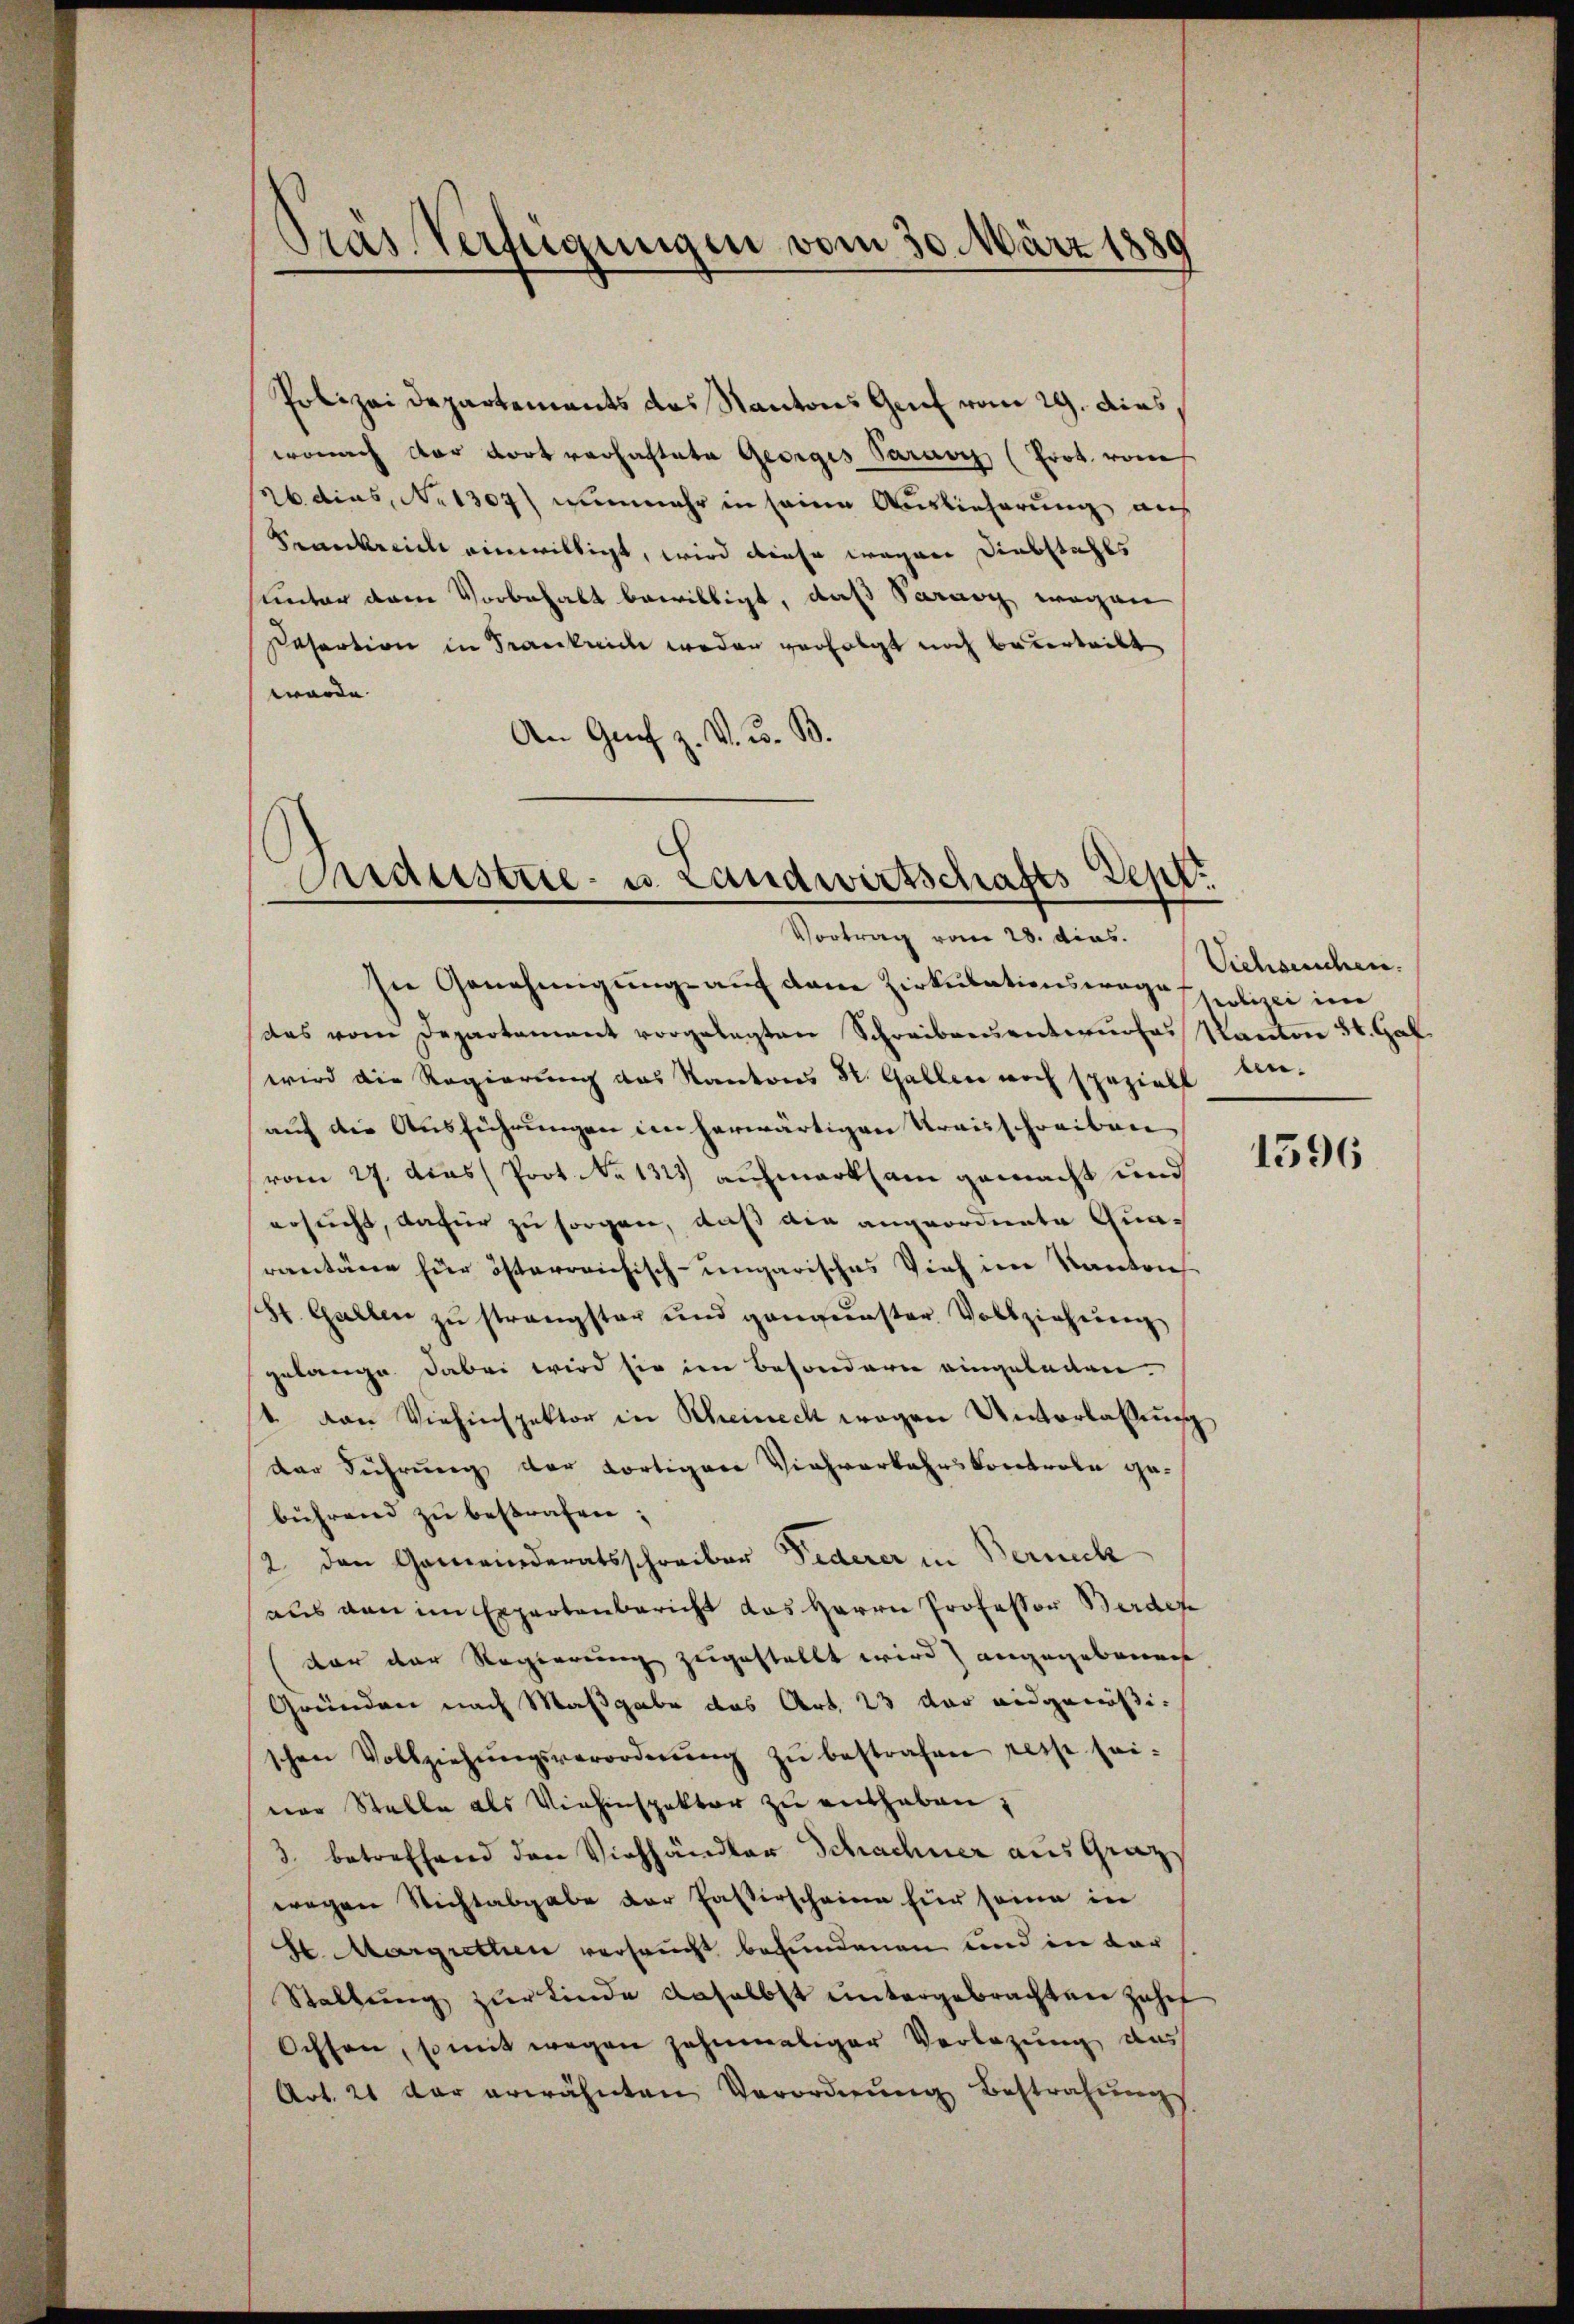
Pras Verfügungen vom 30. März 1889

Polizei Departements des Kantons Genf vom 29. dies
wonach der Kortverhaftete Georges Paravi (Prot. vom
26. dies, No 1307) nunmehr in seine Auslieferung auf
Krankreich einwilligt, wird diese wegen Diebstahls
unter dem Vorbehalt bewilligt, daß Saray wegen
Refertion in Frankreich weder verfolgt noch bederteilt
wurde
An Genf z. V. u. B.

Industrie- u. Landwirtschafts Sept.
.
Vortrag vom 28. dies.

sie Genehmigung auf dem Zirkulationswage spolizei im
das vom Departement vorgelegten Schreibensentwŭrfes Kanton 24. Gal
wird die Regierung des Kantons St. Gallen noch speziell An-
auf die Ausführungen im herwärtigen Krauschreiben
vom 27. das Prot. No 1323) aufmerksam gemacht und
ersucht, dafür zu sorgen, daß die angeordnete Quarantäne für österreichisch-ungarisches Vieh im Kanton
Hr. Gallen zu strengster und ganzenster Vollziehung
gelange dabei wird sie im besondern eingeladen.
 van Viehinspektor in Scheineck wegen Unterlaßung
der Führung der fortigen Viehverkehrskontrole gebührend zu bestrafen;
2 den Gemeinderatsschreiber Federer in Berneck
aus den im Expertenbericht das Herrn Professor Berdef
vor der Regierung zugestellt wird angegebenen
Gründen nach Maßgabe das Art. 23 der eidgenößischen Vollziehŭngsverordnŭng zŭ bestrafen reise sei.
ner Stelle als Viehinspektor zu enthaben;
3 betreffend den Viehhändler Schachner aus Graz
wegen Nichtabgabe der Fasterscheine für seine in
Se. Margrethen versaucht befundenen und in dar
Staltung zur Kinde daselbst untergebrachten Zahnf
Ochsen, so mit wegen zahnmaliger Verlegung das
Art. 21 der erwähnten Verordnung Bestrafungs

Sichsenschen.

1596